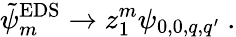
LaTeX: \tilde{\psi}_{m}^{\mathrm{EDS}}\to z_{1}^{m}\psi_{0,0,q,q^{\prime}}\ .